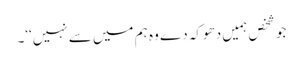
جو شخص ہمیں دھوکہ دے وہ ہم میں سے نہیں‘‘۔